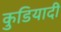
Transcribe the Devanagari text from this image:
कुडियादी